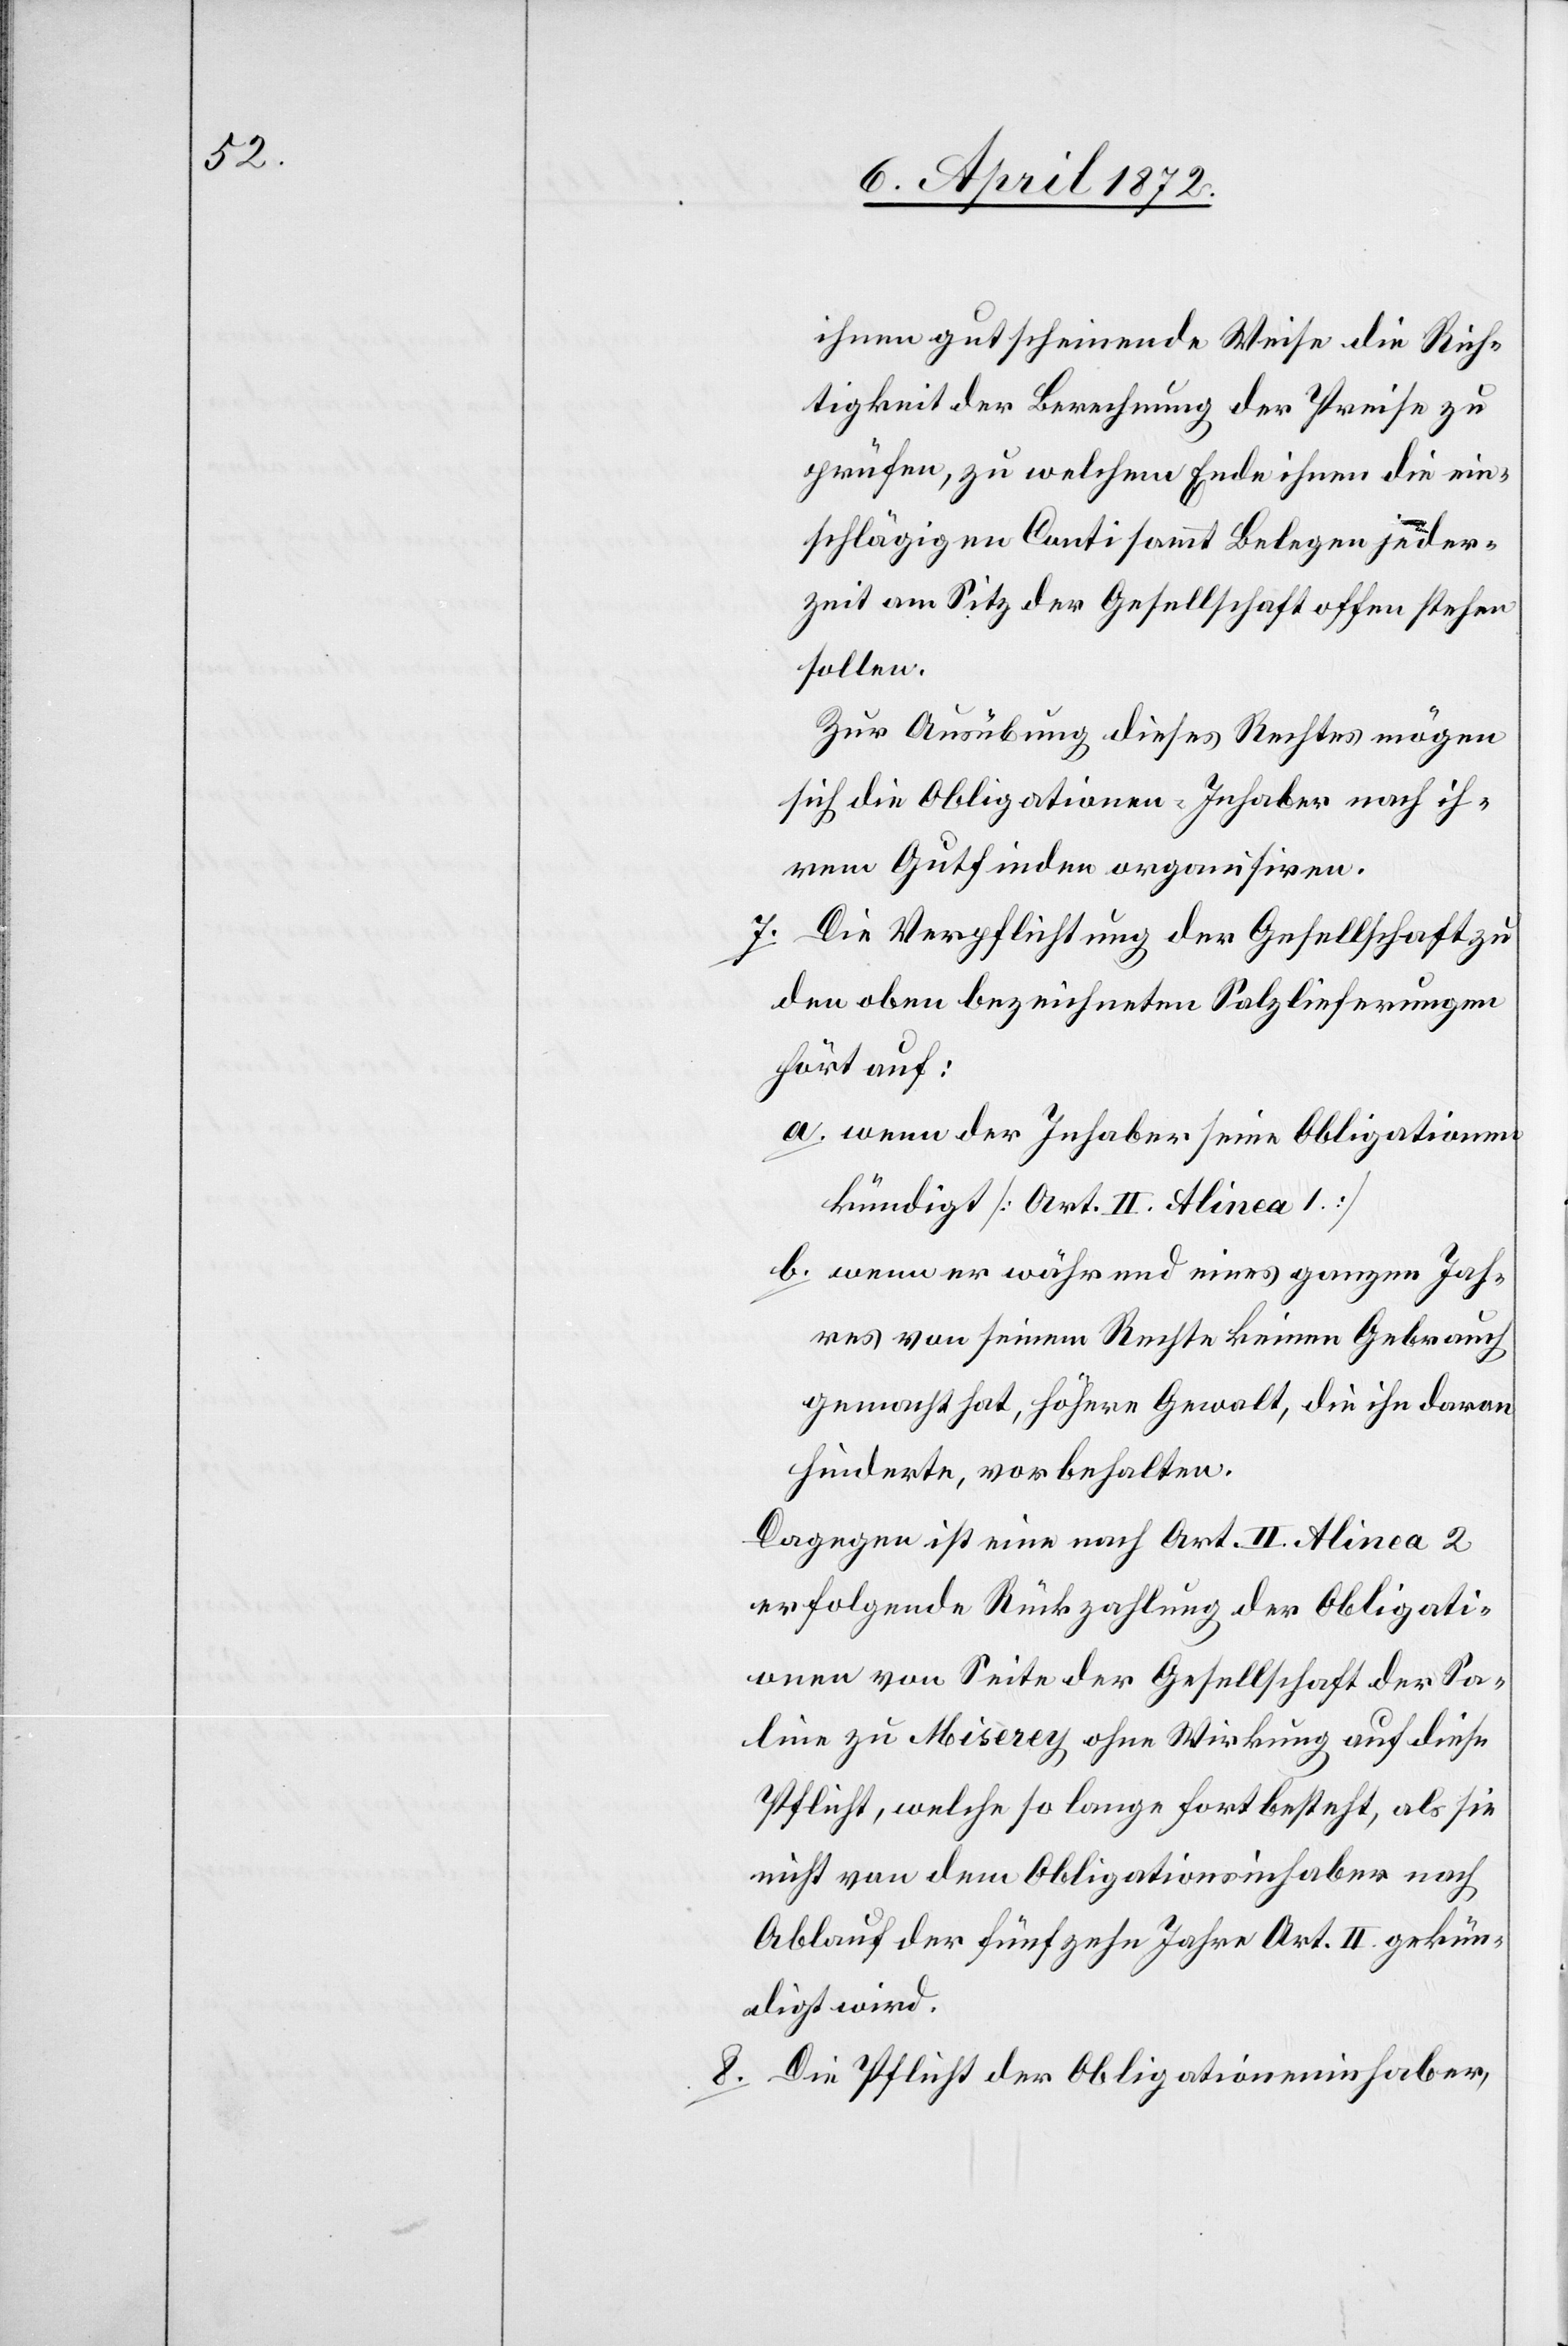
ihnen gutscheinende Weise die Rich¬
tigkeit der Berechnung der Preise zu
prüfen, zu welchem Ende ihnen die ein¬
schlägigen Conti sammt Belegen jeder¬
zeit am Sitz der Gesellschaft offen stehen
sollen.
Zur Ausübung dieses Rechtes mögen
sich die Obligationen-Inhaber nach ih¬
rem Gutfinden organisiren.
7. Die Verpflichtung der Gesellschaft zu
den oben bezeichneten Salzlieferungen
hört auf:
a. wenn der Inhaber seine Obligationen
kündigt [Art. II. Alinea 1.]
b. wenn er während eines ganzen Jah¬
res von seinem Rechte keinen Gebrauch
gemacht hat, höhere Gewalt, die ihn daran
hinderte, vorbehalten.
Dagegen ist eine nach Art. II. Alinea 2
erfolgende Rückzahlung der Obligati¬
onen von Seite der Gesellschaft der Sa¬
line zu Misérey ohne Wirkung auf diese
Pflicht, welche so lange fortbesteht, als sie
nicht von dem Obligationeninhaber nach
Ablauf der fünfzehn Jahre Art. II. gekün¬
digt wird.
8. Die Pflicht der Obligationeninhaber,